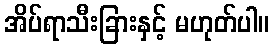
အိပ်ရာသီးခြားနှင့် မဟုတ်ပါ။